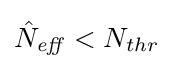
{\hat {N}}_{\mathit {eff}}<N_{thr}